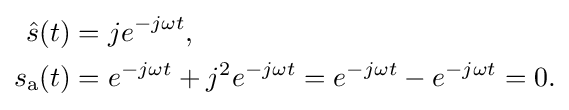
{\begin{aligned}{\hat {s}}(t)&=je^{-j\omega t},\\s_{\mathrm {a} }(t)&=e^{-j\omega t}+j^{2}e^{-j\omega t}=e^{-j\omega t}-e^{-j\omega t}=0.\end{aligned}}